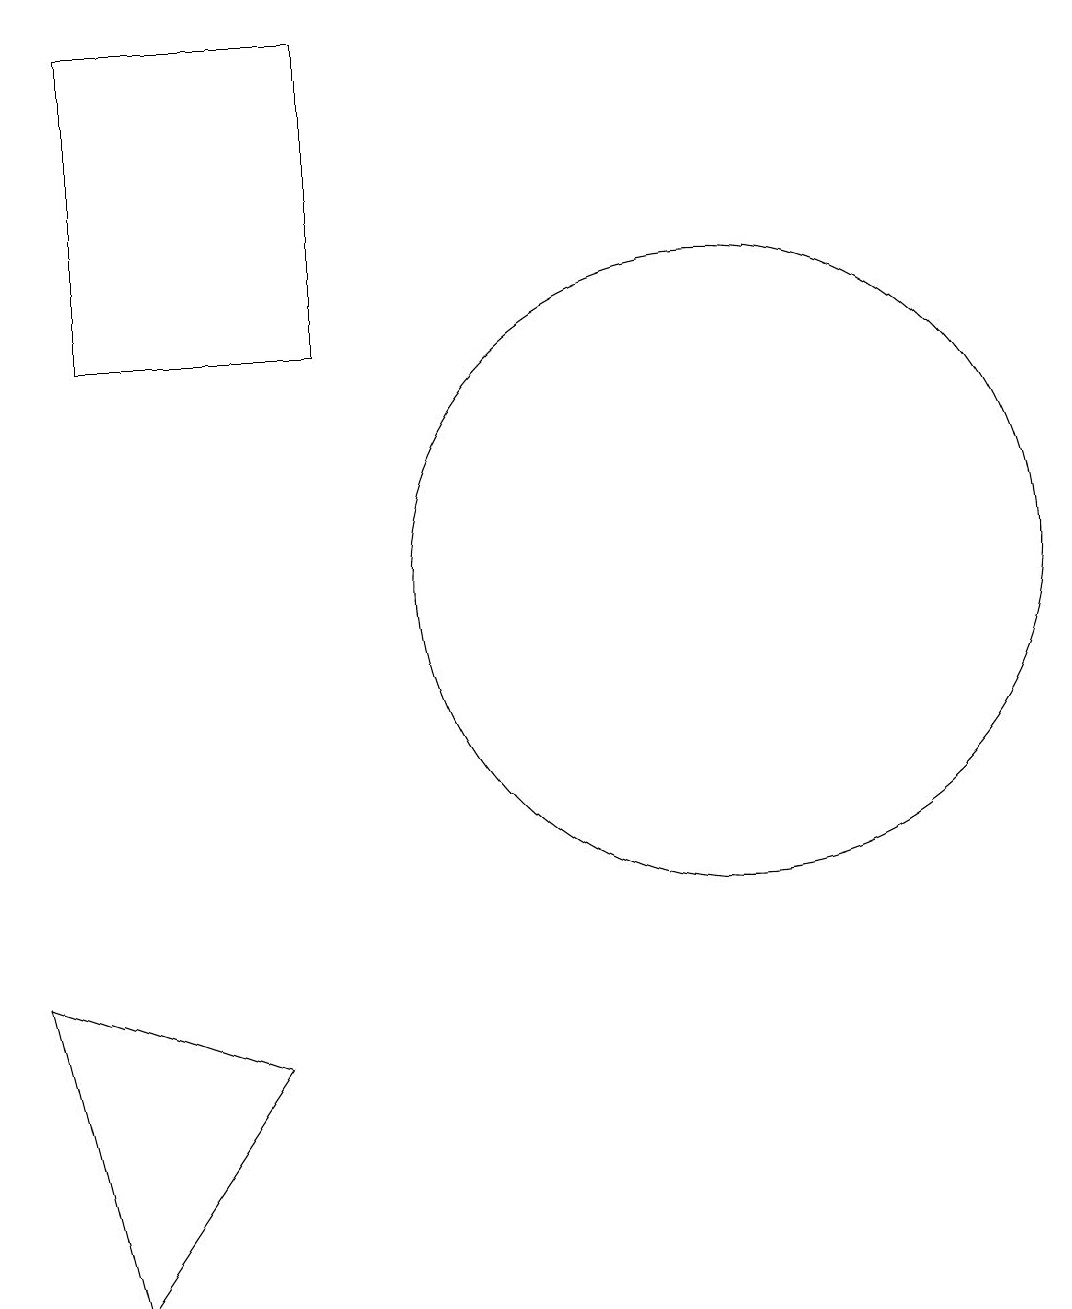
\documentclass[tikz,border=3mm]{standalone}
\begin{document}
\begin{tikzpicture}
\draw (4,5) -- (1,6) -- (2,2) -- cycle;
\draw (10,11) circle (4);
\draw (2,18) rectangle (5,14);
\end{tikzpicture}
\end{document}